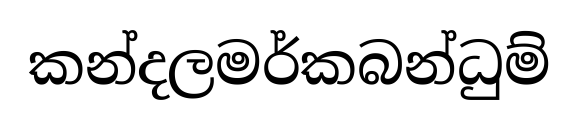
කන්දලමර්කබන්ධුම්